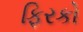
ફિરકો